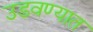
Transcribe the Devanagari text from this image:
उडवण्यात